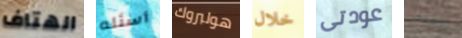
الهتاف أسئله هولبروك خلال عودتى الإسباني